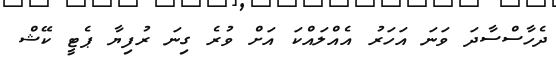
ދެހާސްސާދަ ވަނަ އަހަރު އެއްލައްކަ އަށް ވުރެ ގިނަ ރުފިޔާ ޕެޓީ ކޭޝް